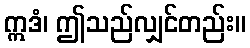
ဣဒံ၊ ဤသည်လျှင်တည်း။